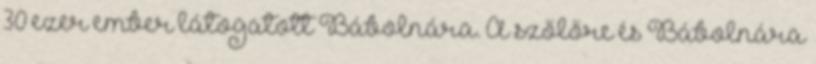
30 ezer ember látogatott Bábolnára. A szőlőre és Bábolnára